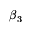
\beta _ { 3 }